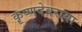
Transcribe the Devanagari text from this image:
कॄष्णदेवराया